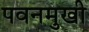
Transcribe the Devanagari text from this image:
पवनमुखी